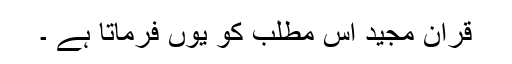
قرآن مجید اس مطلب کو یوں فرماتا ہے ۔